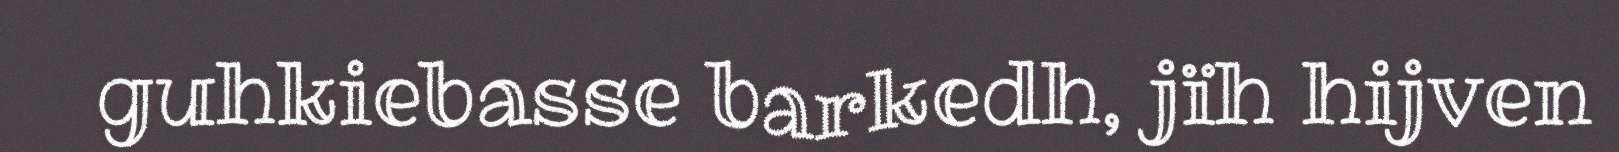
guhkiebasse barkedh, jïh hijven